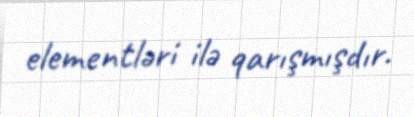
elementləri ilə qarışmışdır.